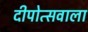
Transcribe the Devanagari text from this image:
दीपोत्सवाला